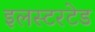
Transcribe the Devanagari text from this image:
इलस्टरटेड